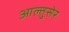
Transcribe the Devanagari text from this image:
आल्तुसेर